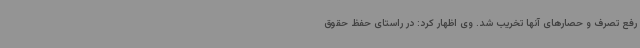
رفع تصرف و حصارهای آنها تخریب شد. وی اظهار کرد: در راستای حفظ حقوق